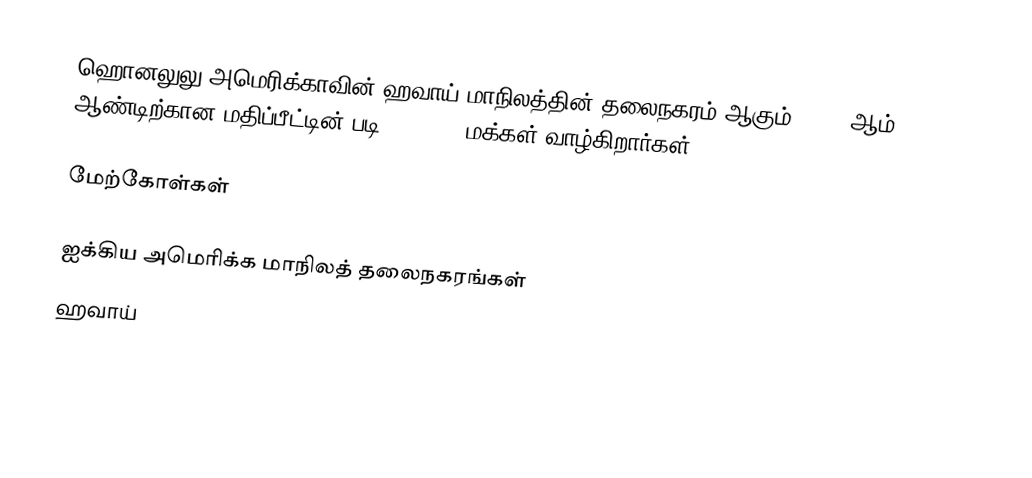
ஹொனலுலு அமெரிக்காவின் ஹவாய் மாநிலத்தின் தலைநகரம் ஆகும். 2006 ஆம் ஆண்டிற்கான மதிப்பீட்டின் படி, 377,357 மக்கள் வாழ்கிறார்கள்.

மேற்கோள்கள்

ஐக்கிய அமெரிக்க மாநிலத் தலைநகரங்கள்
ஹவாய்